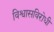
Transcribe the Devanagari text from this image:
विश्वासविरोधी